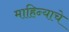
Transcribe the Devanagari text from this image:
माहिन्याचे